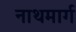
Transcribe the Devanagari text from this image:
नाथमार्ग